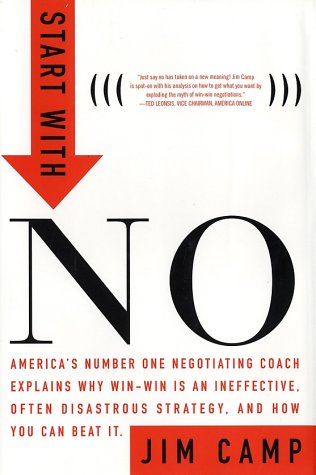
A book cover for Start with NO...The Negotiating Tools that the Pros Don't Want You to Know; Jim Camp; Business & Money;